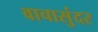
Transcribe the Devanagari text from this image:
वाचासुंदर